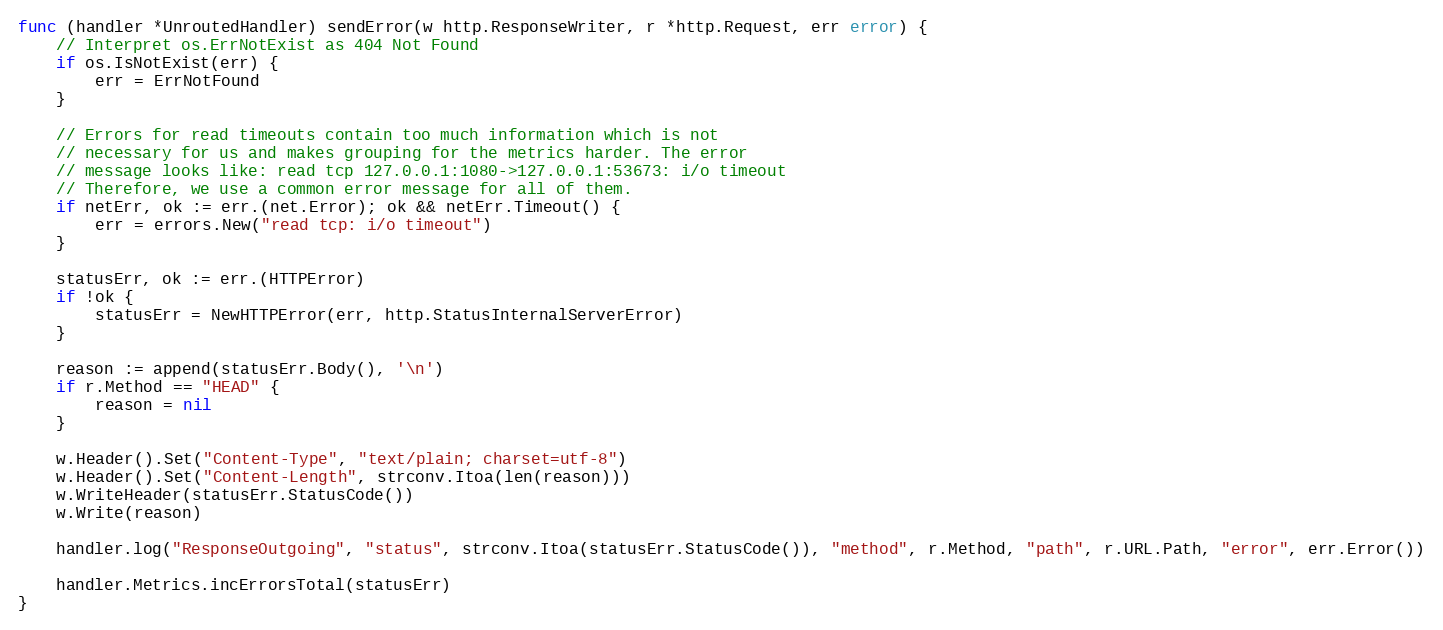
Language: Go
func (handler *UnroutedHandler) sendError(w http.ResponseWriter, r *http.Request, err error) {
	// Interpret os.ErrNotExist as 404 Not Found
	if os.IsNotExist(err) {
		err = ErrNotFound
	}

	// Errors for read timeouts contain too much information which is not
	// necessary for us and makes grouping for the metrics harder. The error
	// message looks like: read tcp 127.0.0.1:1080->127.0.0.1:53673: i/o timeout
	// Therefore, we use a common error message for all of them.
	if netErr, ok := err.(net.Error); ok && netErr.Timeout() {
		err = errors.New("read tcp: i/o timeout")
	}

	statusErr, ok := err.(HTTPError)
	if !ok {
		statusErr = NewHTTPError(err, http.StatusInternalServerError)
	}

	reason := append(statusErr.Body(), '\n')
	if r.Method == "HEAD" {
		reason = nil
	}

	w.Header().Set("Content-Type", "text/plain; charset=utf-8")
	w.Header().Set("Content-Length", strconv.Itoa(len(reason)))
	w.WriteHeader(statusErr.StatusCode())
	w.Write(reason)

	handler.log("ResponseOutgoing", "status", strconv.Itoa(statusErr.StatusCode()), "method", r.Method, "path", r.URL.Path, "error", err.Error())

	handler.Metrics.incErrorsTotal(statusErr)
}